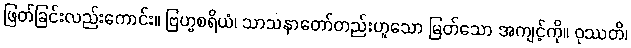
ဖြတ်ခြင်းလည်းကောင်း။ ဗြဟ္မစရိယံ၊ သာသနာတော်တည်းဟူသော မြတ်သော အကျင့်ကို။ ဝုဿတိ၊